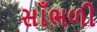
સાઁભળી